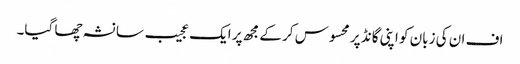
اف ان کی زبان کو اپنی گانڈ پر محسوس کر کے مجھ پر ایک عجیب سا نشہ چھا گیا۔